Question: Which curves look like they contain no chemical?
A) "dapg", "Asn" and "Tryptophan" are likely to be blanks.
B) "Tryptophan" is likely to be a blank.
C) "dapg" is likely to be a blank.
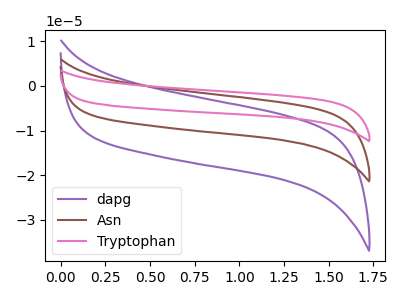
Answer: <think>The purple curve "dapg" has no peaks. The brown curve "Asn" has no peaks. The pink curve "Tryptophan" has no peaks.</think>
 <answer>A) "dapg", "Asn" and "Tryptophan" are likely to be blanks.</answer>
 <eval>A</eval>